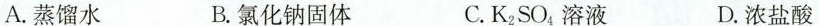
A.蒸馏水 B.氯化钠固体 C.K_{2}SO_{4}，溶液 D.浓盐酸